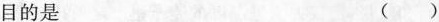
目的是 ()